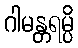
ဂါမန္တရမ္ပိ